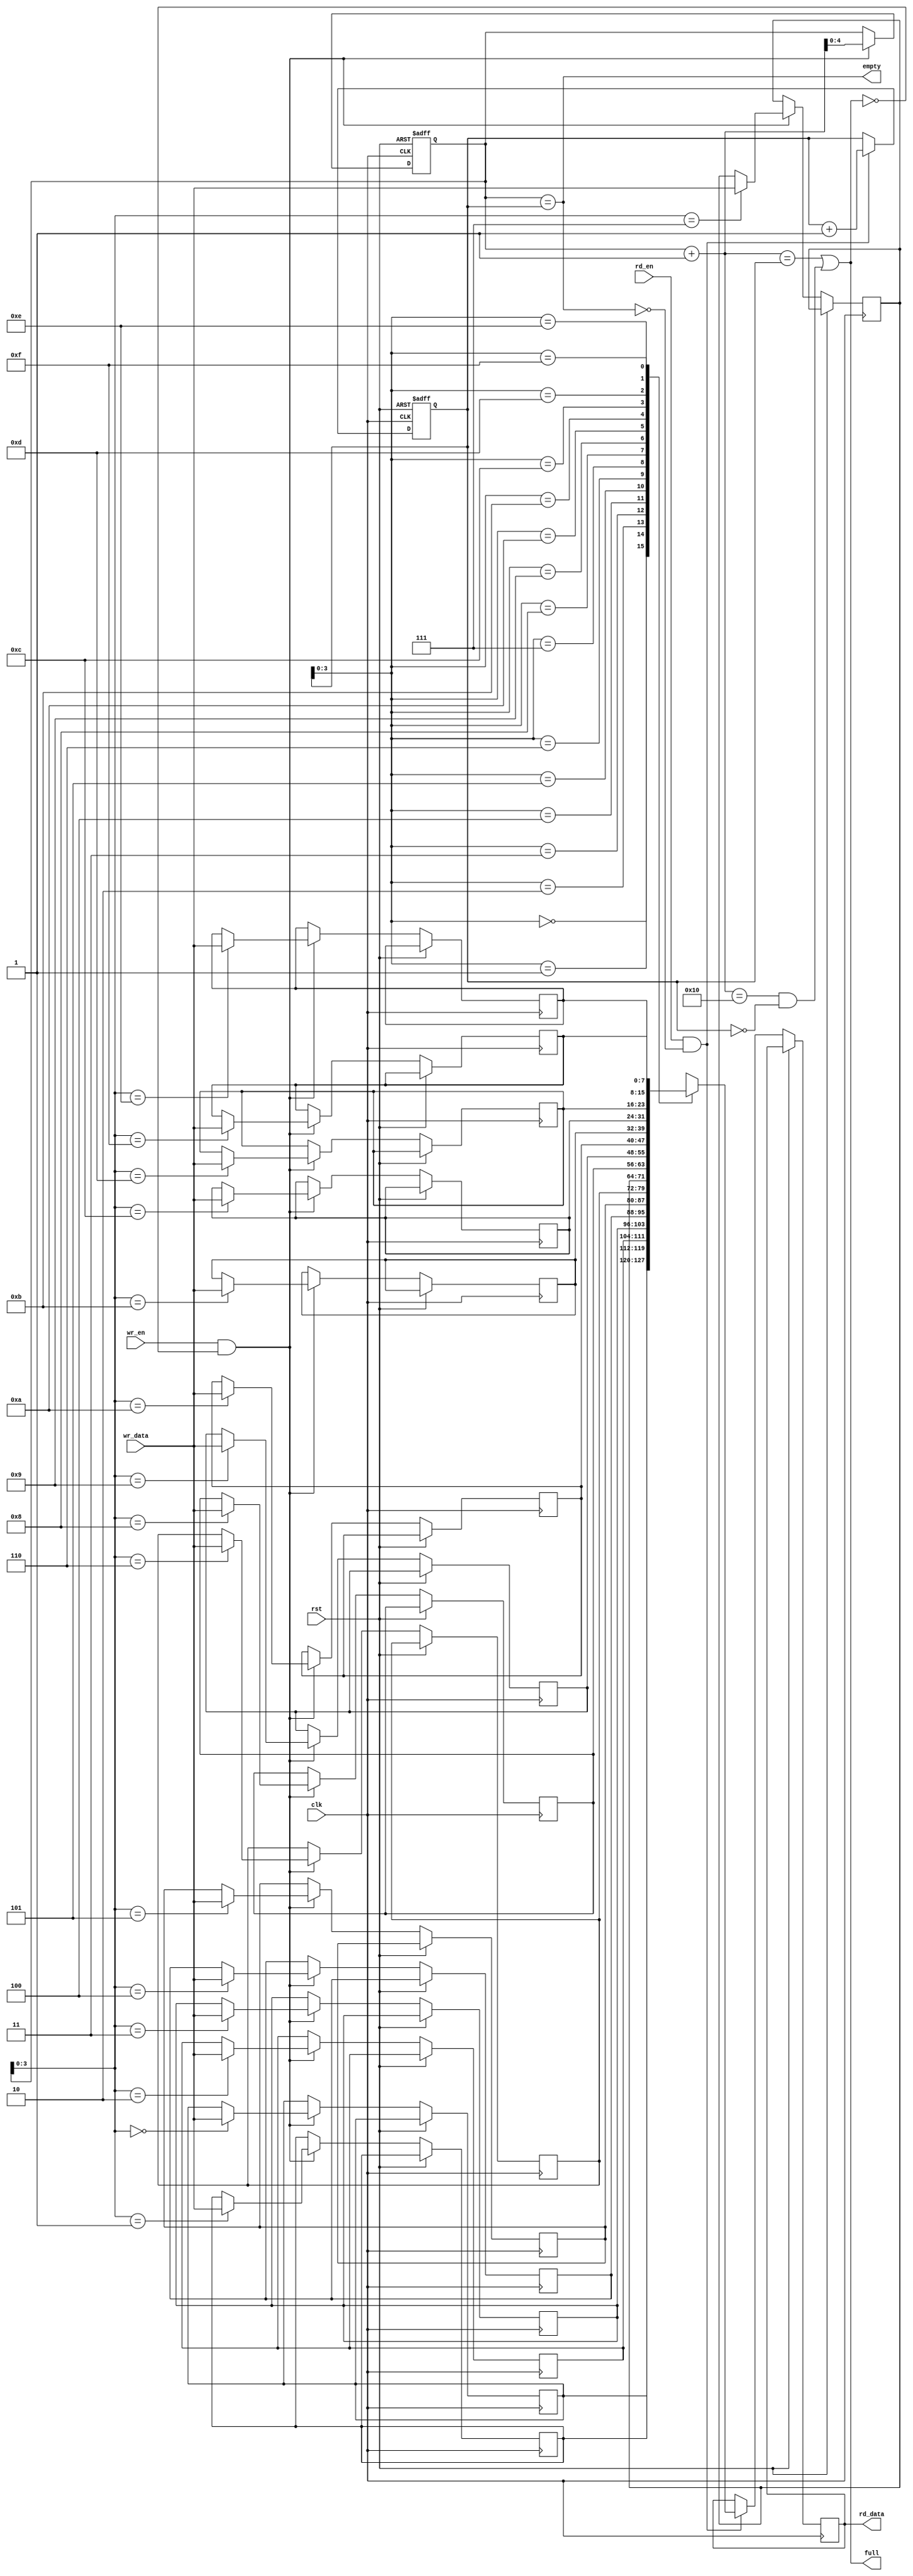
module First_Word_Fall_Through_FIFO
(
 input wire clk,
 input wire rst,
 input wire wr_en,
 input wire rd_en,
 input wire [DATA_WIDTH-1:0] wr_data,
 output reg [DATA_WIDTH-1:0] rd_data,
 output wire empty,
 output wire full
);

parameter DEPTH = 16;
parameter DATA_WIDTH = 8;

reg [DATA_WIDTH-1:0] fifo [DEPTH-1:0];
reg [4:0] wr_ptr, rd_ptr;
wire almost_full;

assign empty = (wr_ptr == rd_ptr);
assign full = almost_full;

always @(posedge clk or posedge rst)
begin
 if (rst)
 begin
  wr_ptr <= 0;
  rd_ptr <= 0;
 end
 else
 begin
  if (wr_en && !full)
  begin
   fifo[wr_ptr] <= wr_data;
   wr_ptr <= wr_ptr + 1;
  end
  if (rd_en && !empty)
  begin
   rd_data <= fifo[rd_ptr];
   rd_ptr <= rd_ptr + 1;
  end
 end
end

assign almost_full = ((wr_ptr + 1 == rd_ptr) || (wr_ptr + 1 == DEPTH && rd_ptr == 0));

endmodule